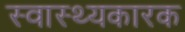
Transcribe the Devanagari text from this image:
स्वास्थ्यकारक